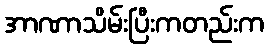
အာဏာသိမ်းပြီးကတည်းက